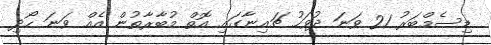
ޑިސެމްބަރު 21 ވަނަ ދުވަހު ޗައިނާގައި އޮތް މުބާރާތުން އެއް ވަނަ ހޯދި